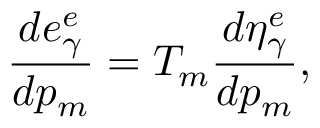
\frac { d e _ { \gamma } ^ { e } } { d p _ { m } } = T _ { m } \frac { d \eta _ { \gamma } ^ { e } } { d p _ { m } } ,